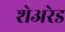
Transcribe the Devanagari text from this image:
शेअरेड